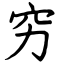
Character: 穷